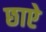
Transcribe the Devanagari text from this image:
छाऐ